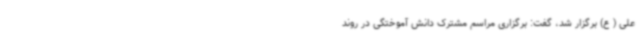
علی ( ع) برگزار شد، گفت: برگزاری مراسم مشترک دانش آموختگی در روند